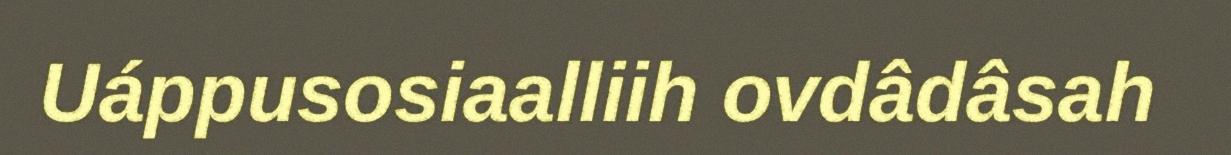
Uáppusosiaalliih ovdâdâsah